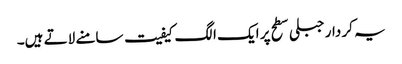
یہ کر دار جبلی سطح پر ایک الگ کیفیت سامنے لاتے ہیں۔